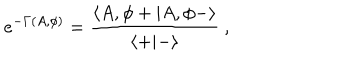
LaTeX: e ^ { - \Gamma ( A , \phi ) } = { \frac { \langle A , \phi + \vert A , \phi - \rangle } { \langle + \vert - \rangle } } \ ,